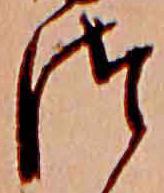
つ